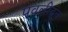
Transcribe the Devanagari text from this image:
पवलीदून